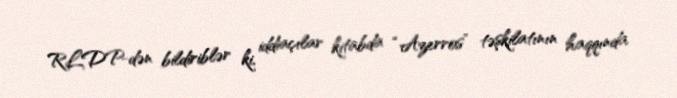
RLDP-dən bildiriblər ki, iddiaçılar kitabda “Azerros” təşkilatının haqqında